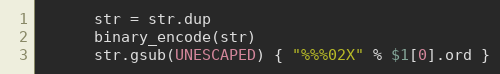
Language: Ruby
      str = str.dup
      binary_encode(str)
      str.gsub(UNESCAPED) { "%%%02X" % $1[0].ord }